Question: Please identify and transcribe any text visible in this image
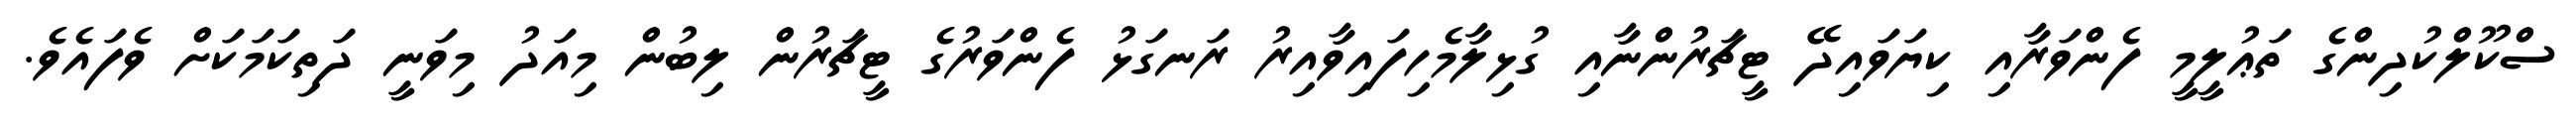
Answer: ސްކޫލްކުދިންގެ ތަޢުލީމީ ފެންވަރާއި ކިޔަވައިދޭ ޓީޗަރުންނާއި ގުޅިލާމެހިފައިވާއިރު ރަނގަޅު ފެންވަރުގެ ޓީޗަރުން ލިބުން މިއަދު މިވަނީ ދަތިކަމަކަށް ވެފައެވެ.